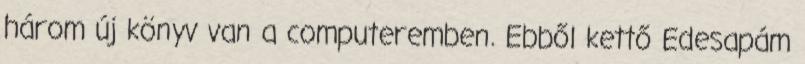
három új könyv van a computeremben. Ebből kettő Edesapám